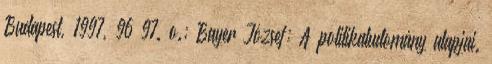
Budapest, 1997, 96–97. o.; Bayer József: A politikatudomány alapjai.